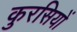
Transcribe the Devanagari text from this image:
कुरसियों